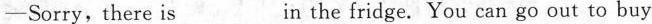
-Sorry,there is_in the fridge. You can go out to buy